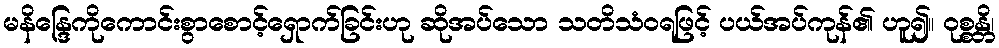
မနိန္ဒြေကိုကောင်းစွာစောင့်ရှောက်ခြင်းဟု ဆိုအပ်သော သတိသံဝရဖြင့် ပယ်အပ်ကုန်၏ ဟူ၍။ ဝုစ္စန္တိ၊